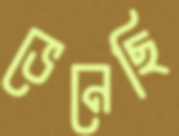
ভেনেছি